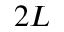
2 L